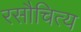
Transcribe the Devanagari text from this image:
रसौचित्य